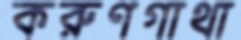
করুণগাথা